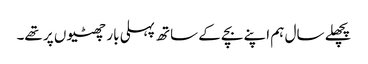
پچھلے سال ہم اپنے بچے کے ساتھ پہلی بار چھٹیوں پر تھے۔